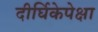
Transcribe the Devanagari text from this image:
दीर्घिकेपेक्षा